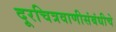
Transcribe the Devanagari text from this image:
दूरचित्रवाणीसंबंधीचे